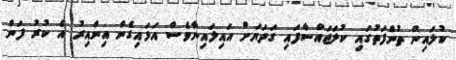
ކުލައިން ތުންފަތުގައި ކުލަޖައްސާފައި ގަދަޔަށް އައިލައިނާވެސް އަޅައިގެން އިންއިރު އެ ކުރު ފަން